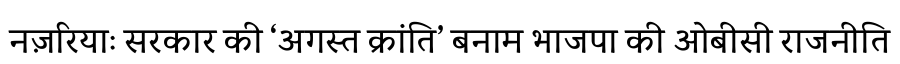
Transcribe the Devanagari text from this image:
नज़रियाः सरकार की ‘अगस्त क्रांति’ बनाम भाजपा की ओबीसी राजनीति